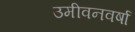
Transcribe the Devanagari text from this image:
उमीवनवर्षा